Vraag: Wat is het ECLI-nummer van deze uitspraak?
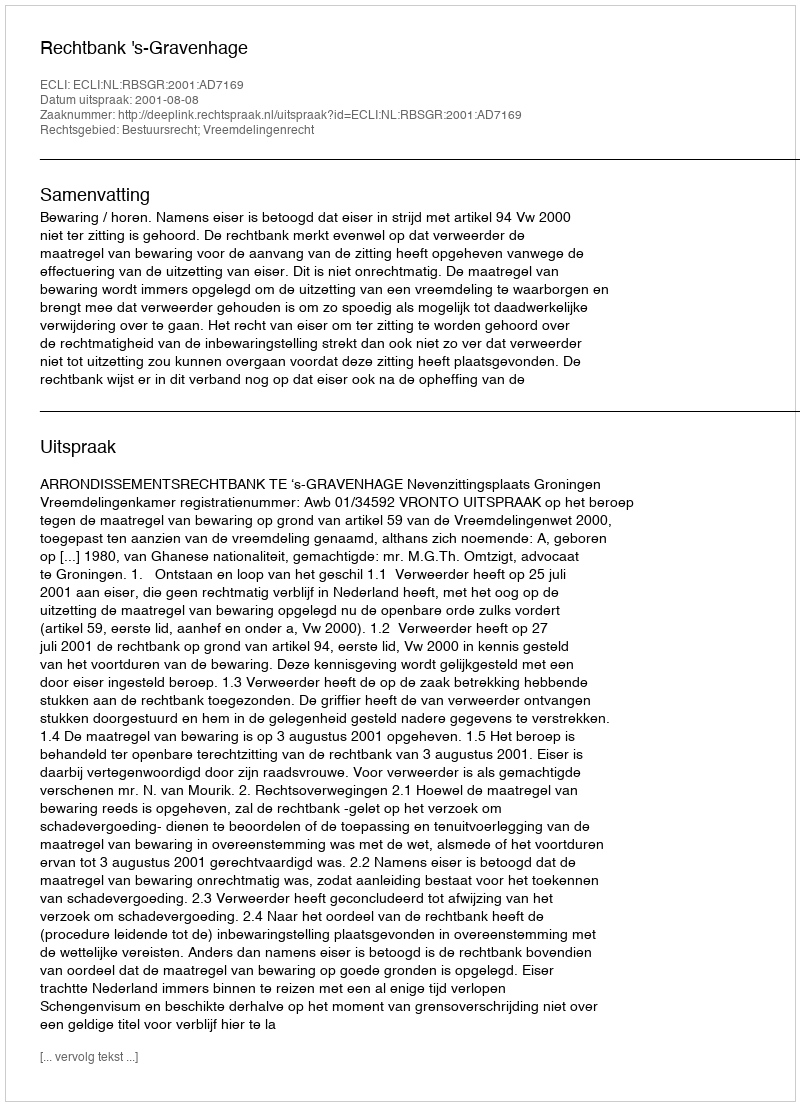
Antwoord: ECLI:NL:RBSGR:2001:AD7169